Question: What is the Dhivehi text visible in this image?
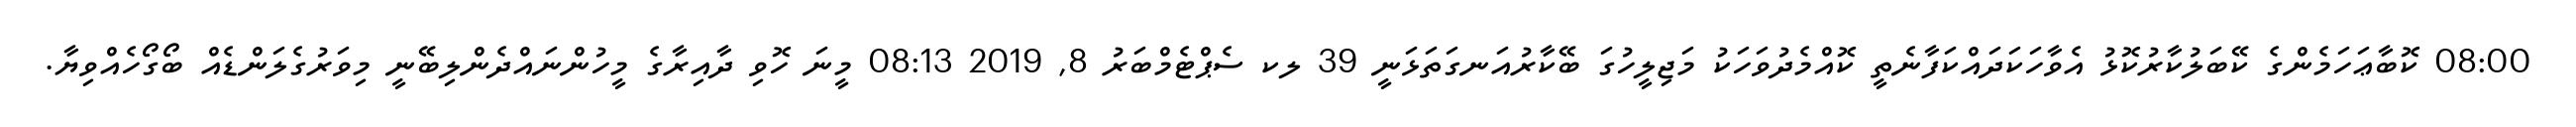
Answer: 08:00 ކޮބާޢަހަމެންގެ ކޭބަލުކާރުކޮޅު އެވާހަކަދައްކަފާނެތީ ކޮއްމެދުވަހަކު މަޖިލީހުގަ ބޭކާރުއަނގަތަޅަނީ 39 ލކ ސެޕްޓެމްބަރު 8, 2019 08:13 މީނަ ހޮވި ދާއިރާގެ މީހުންނައްދެންލިބޭނީ މިވަރުގެލަންޑެއް ބޯގޯހެއްވިޔާ.